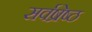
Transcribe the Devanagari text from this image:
सर्वष्रेष्ठ